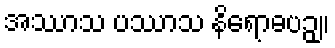
အဿာသ ပဿာသ နိရောဓပဉှ။